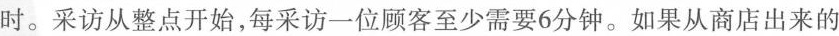
时。采访从整点开始，每采访一位顾客至少需要6分钟。如果从商店出来的